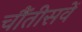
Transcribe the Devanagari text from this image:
चौंतीसवें